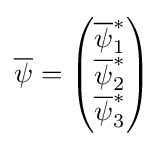
{\overline {\psi }}={\begin{pmatrix}{\overline {\psi }}_{1}^{*}\\{\overline {\psi }}_{2}^{*}\\{\overline {\psi }}_{3}^{*}\end{pmatrix}}